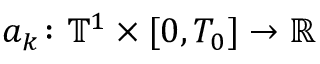
a _ { k } \colon \ensuremath { \mathbb { T } } ^ { 1 } \times [ 0 , T _ { 0 } ] \to \ensuremath { \mathbb { R } }